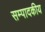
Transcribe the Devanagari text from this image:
सम्‍पादकीय